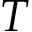
T